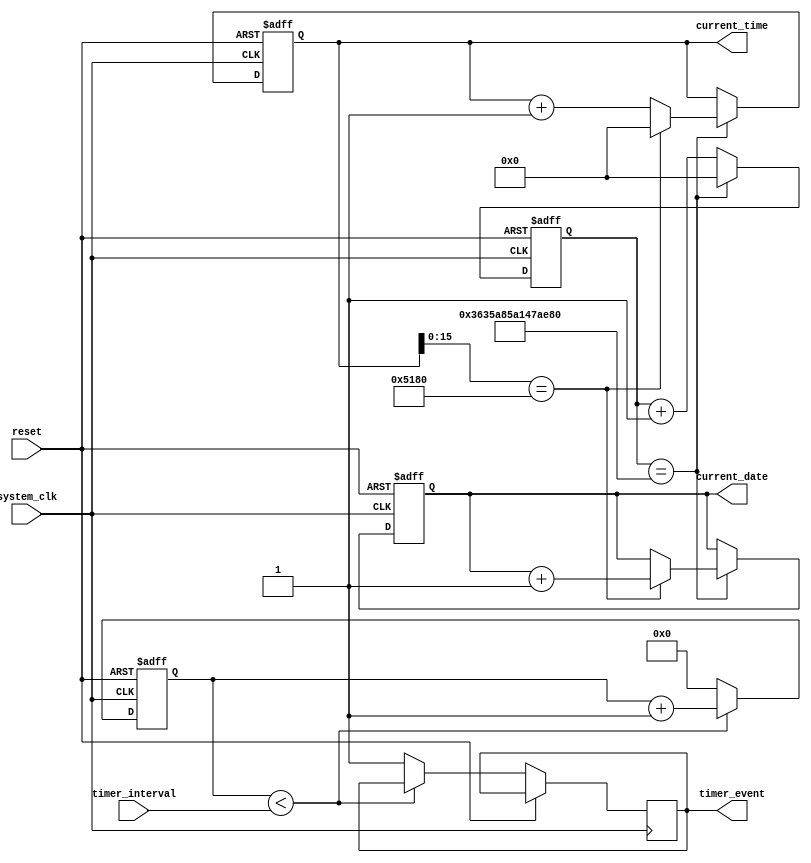
module RTC_timer(
    input wire system_clk, // System clock input
    input wire reset, // Reset signal input
    output reg [63:0] current_time, // Current time output
    output reg [31:0] current_date, // Current date output
    input wire [23:0] timer_interval, // Timer interval input
    output wire timer_event // Timer event output
);

reg [31:0] counter; // Counter for timer interval
reg [63:0] time_counter; // Counter for time keeping

always @(posedge system_clk or posedge reset) begin
    if (reset) begin
        current_time <= 64'h0000000000000000;
        current_date <= 32'h00000000;
        counter <= 32'h00000000;
        time_counter <= 64'h0000000000000000;
    end else begin
        time_counter <= time_counter + 1'b1;
        if (time_counter == 64'h03635A85A147AE80) begin // 1 second
            time_counter <= 64'h0000000000000000;
            current_time <= current_time + 1'b1;
            if (current_time[15:0] == 16'd86400) begin // 24 hours
                current_time <= 64'h0000000000000000; // Reset time
                current_date <= current_date + 1'b1; // Increment date
            end
        end
        
        if (counter < timer_interval) begin
            counter <= counter + 1'b1;
        end else begin
            counter <= 32'h00000000;
            timer_event <= 1'b1;
        end
    end
end

endmodule